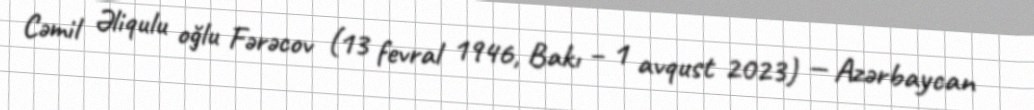
Cəmil Əliqulu oğlu Fərəcov (13 fevral 1946, Bakı – 1 avqust 2023) — Azərbaycan